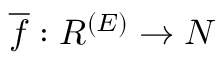
{ \overline { { f } } } : R ^ { ( E ) } \to N